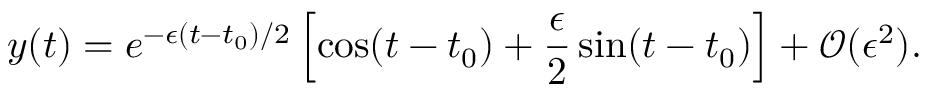
y ( t ) = e ^ { - \epsilon ( t - t _ { 0 } ) / 2 } \left[ \cos ( t - t _ { 0 } ) + \frac { \epsilon } { 2 } \sin ( t - t _ { 0 } ) \right] + \mathcal { O } ( \epsilon ^ { 2 } ) .